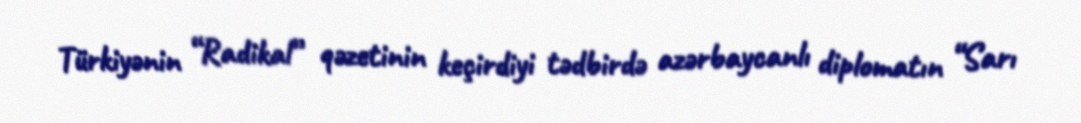
Türkiyənin “Radikal” qəzetinin keçirdiyi tədbirdə azərbaycanlı diplomatın “Sarı